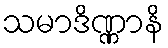
သမာဒိဏ္ဏာနိ